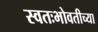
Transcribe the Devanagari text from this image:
स्वतःभोवतीच्या